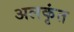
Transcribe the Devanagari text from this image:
अलकृंत